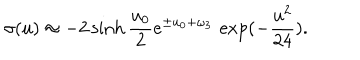
LaTeX: \sigma ( u ) \approx - 2 \sinh { \frac { u _ { 0 } } { 2 } } e ^ { \pm u _ { 0 } + \omega _ { 3 } } \, \exp ( - { \frac { u ^ { 2 } } { 2 4 } } ) .